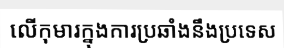
លើកុមារក្នុងការប្រឆាំងនឹងប្រទេស